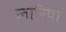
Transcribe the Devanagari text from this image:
लारियां